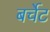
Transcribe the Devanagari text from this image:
बर्चेट